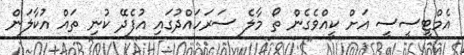
އެމްޓީސީސީ އަށް ކީއްވެގެން ތޯ މާލެ ސަރަހައްދުގައި އުފެދޭ ކުނި ތައް އުކާލަން